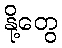
နို့တွေ